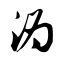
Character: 沩